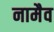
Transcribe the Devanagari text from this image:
नामैव